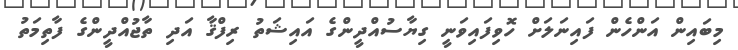
މިބައިން އަންހެން ފައިނަލަށް ހޮވިފައިވަނީ ގިޔާސުއްދީންގެ އައިޝަތު ރިފްޤާ އަދި ތާޖުއްދީންގެ ފާތިމަތު